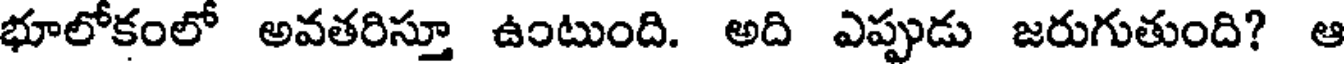
భూలోకంలో అవతరిస్తూ ఉంటుంది. అది ఎప్పుడు జరుగుతుంది? ఆ